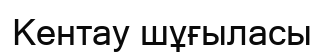
Кентау шұғыласы